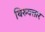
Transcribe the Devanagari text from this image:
थिरुवत्तार